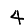
Digit: 4